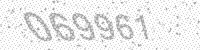
Solution: 069961